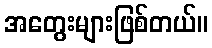
အတွေးများဖြစ်တယ်။